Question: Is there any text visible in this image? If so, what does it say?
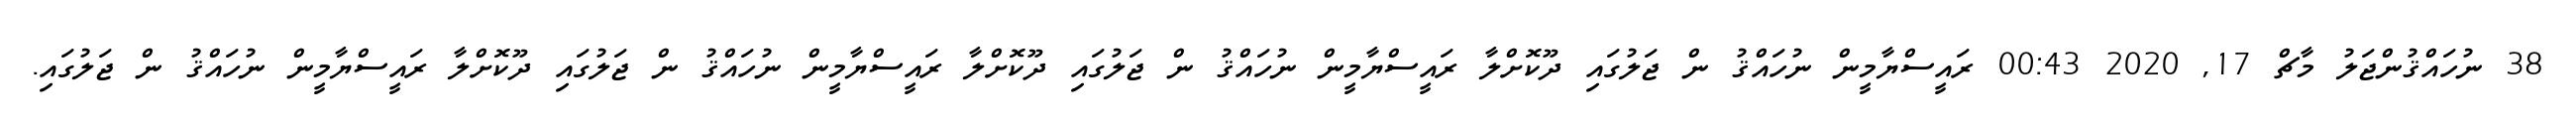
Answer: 38 ނުހައްޤުންޖަލު މާޗް 17, 2020 00:43 ރައީސްޔާމީން ނުހައްޤު ން ޖަލުގައި ދޫކޮށްލާ ރައީސްޔާމީން ނުހައްޤު ން ޖަލުގައި ދޫކޮށްލާ ރައީސްޔާމީން ނުހައްޤު ން ޖަލުގައި ދޫކޮށްލާ ރައީސްޔާމީން ނުހައްޤު ން ޖަލުގައި.